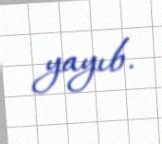
yayıb.